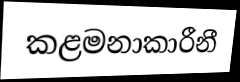
කළමනාකාරීනී